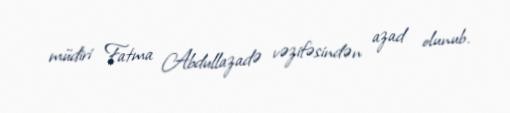
müdiri Fatma Abdullazadə vəzifəsindən azad olunub.